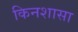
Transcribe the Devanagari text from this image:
किनशासा